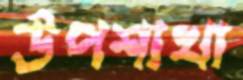
উপশাখা